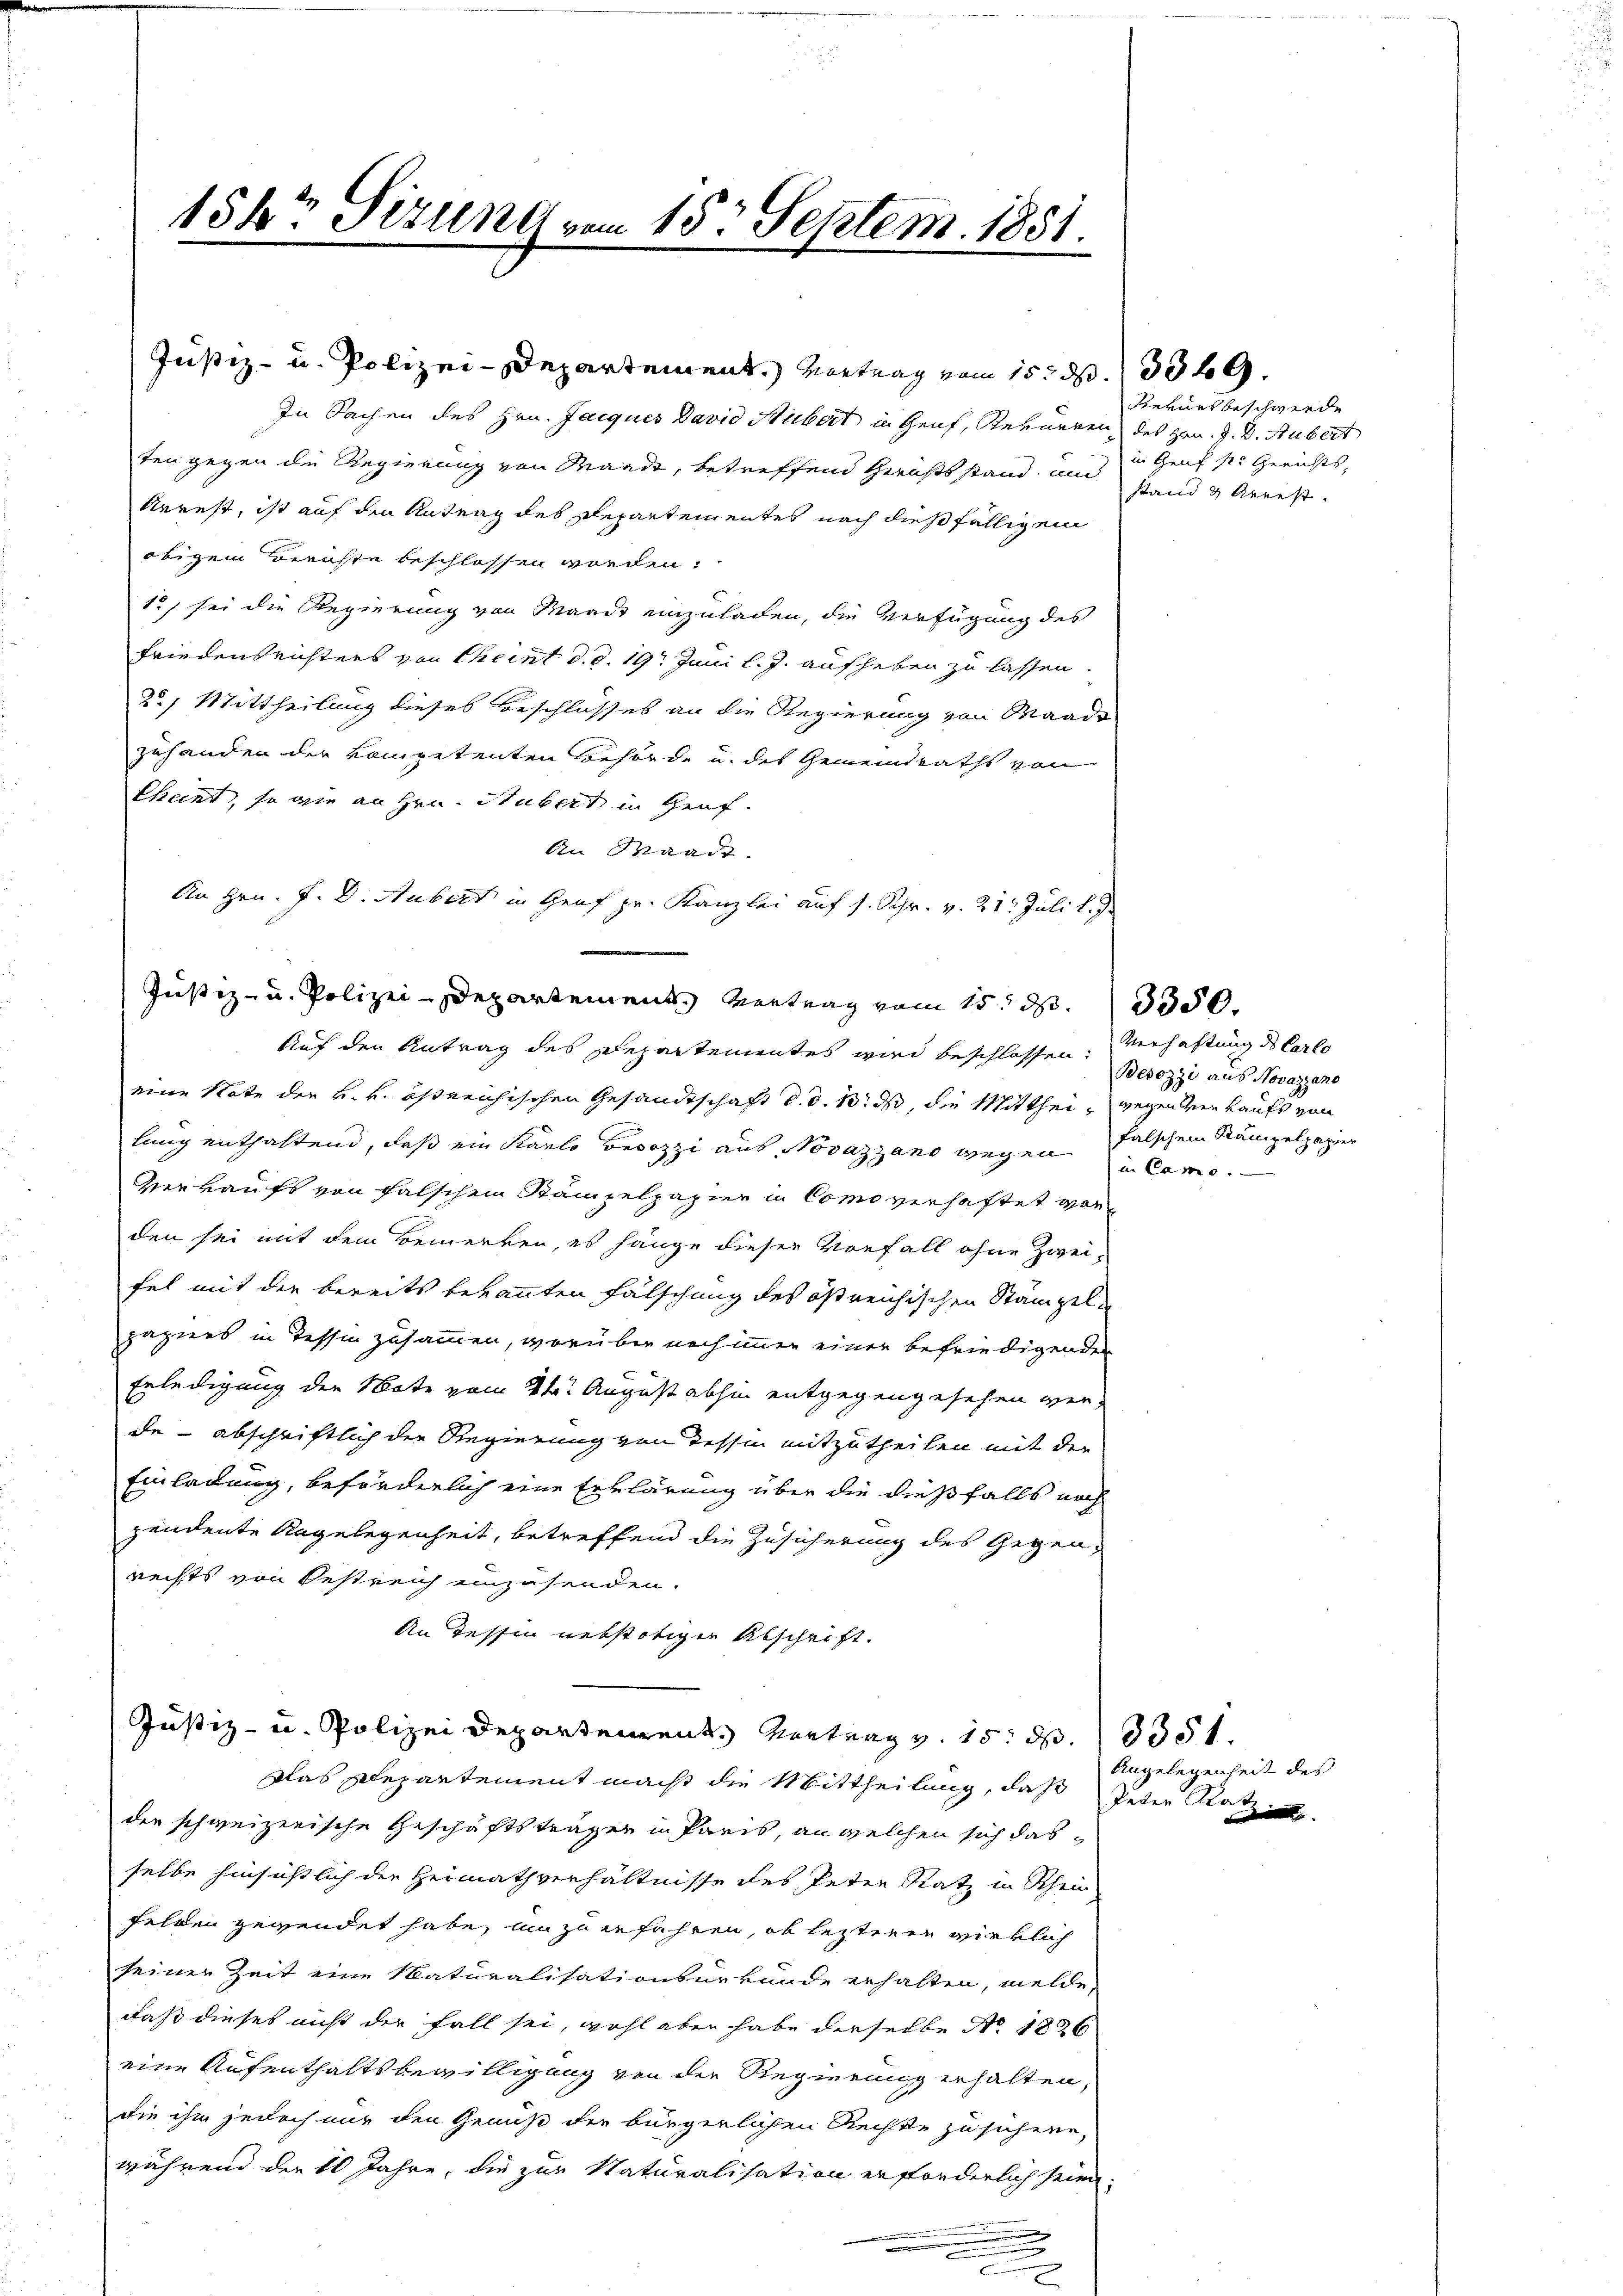
154te Sizung vom 15t Septem. 1851.

In Sachen des Hrn. Jacques David Hubert in Genf, Kerneren des Hrn. J. D. Hubert
ten gegen die Regierung von Waadt, betreffend Gerichts stand und
Urrest, ist auf den Antrag des Departementes nach dießfälligem
otigen Berichte beschlossen worden.
12, sei die Regierung von Marie einzuladen, die Verfügung des
Friedensrichters von Theint d. d. 19. Juni l. J. aufheben zu lassen.
2) Mittheilung dieses Beschlosses an die Regierung von Waadt
zuhanden der kompetenten Behörde u. des Gemeindraths von
Eheint, so wie an Hrn. Stubert in Genf.
An Waadt.
An Hrn. J. D. Aubert in Genf pr. Kanzlei auf s. Schr. v. 21. Juli l.
Justiz- u. Polizei-Departement. Vertrag vom 15t d. 330.
Auf den Antrag des Departementes wird beschlossen. Verhaftung des Carlo
eine Note der k. k. östreichischen Gesandtschaft d. d. 10. ds, die Mitthei- gegendern Kaufs von
lung enthaltend, daß ein Karlo Besozzi aus Novazzano wegen in Came.
Verkaufs von falschen Stampelpapier in Como verhaftet worden sei mit dem Bemerken, es hänge dieser Vorfall ohne Zweifel mit der bereits bekannten Fälschung des östreichischen Stämpelpaziers in Tessin zusammen, worüber noch immer einer befriedigenden
Erledigung der Note vom 2ten August abhin entgegengesehen werde - abschriftlich der Regierung von dessen mitzutheilen mit der
Einladung, beförderlich eine Erklärung über die dießfalls noch
zendente Angelegenheit, betreffend die Zusicherung des Gegenrechts von Oestreich einzusenden.
An dessin nebstätigen Abschrift.
Justiz- u. Polizei Departement. Vortrag v. 15. d. 8351.
Das Departement macht die Mittheilung, daß Peter Rat
der schweizerische Geschäftsträgen in Paris, an welchen sich das
selbe hinsichtlich der Heimathverhältnisse des Peten Ratz in Rhein
felden gewendet habe, um zu erfahren, ob lezteren wirklich
seiner Zeit eine Naturalisationsurkunde erhalten, melde,
daß dieses nicht der Fall sei, wohl aber habe derselbe No. 1826
eine Aufenthaltsbewilligung von der Regierung erhalten,
die ihm jedoch nur den Genuß der bürgerlichen Rechte zu sichene,
während der 10 Jahre, die zur Naturalisation erforderlich sie
.

Justiz- u. Polizei-Departement.) Vortrag vom 15. d. 339.

.

Kernes beschwerde
in Genf s. Gerichts,
stand & Arrest.

Besozzi aus Novazzano
falschem Stampelpapier

Angelegenheit des